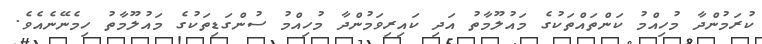
ކުރަމުންދާ މުހިއްމު ކަންތައްތަކުގެ މައުލޫމާތު އަދި ކައިރިވަމުންދާ މުހިއްމު ސުންގަޑިތަކުގެ މައުލޫމާތު ހިމެނޭނެއެވެ.